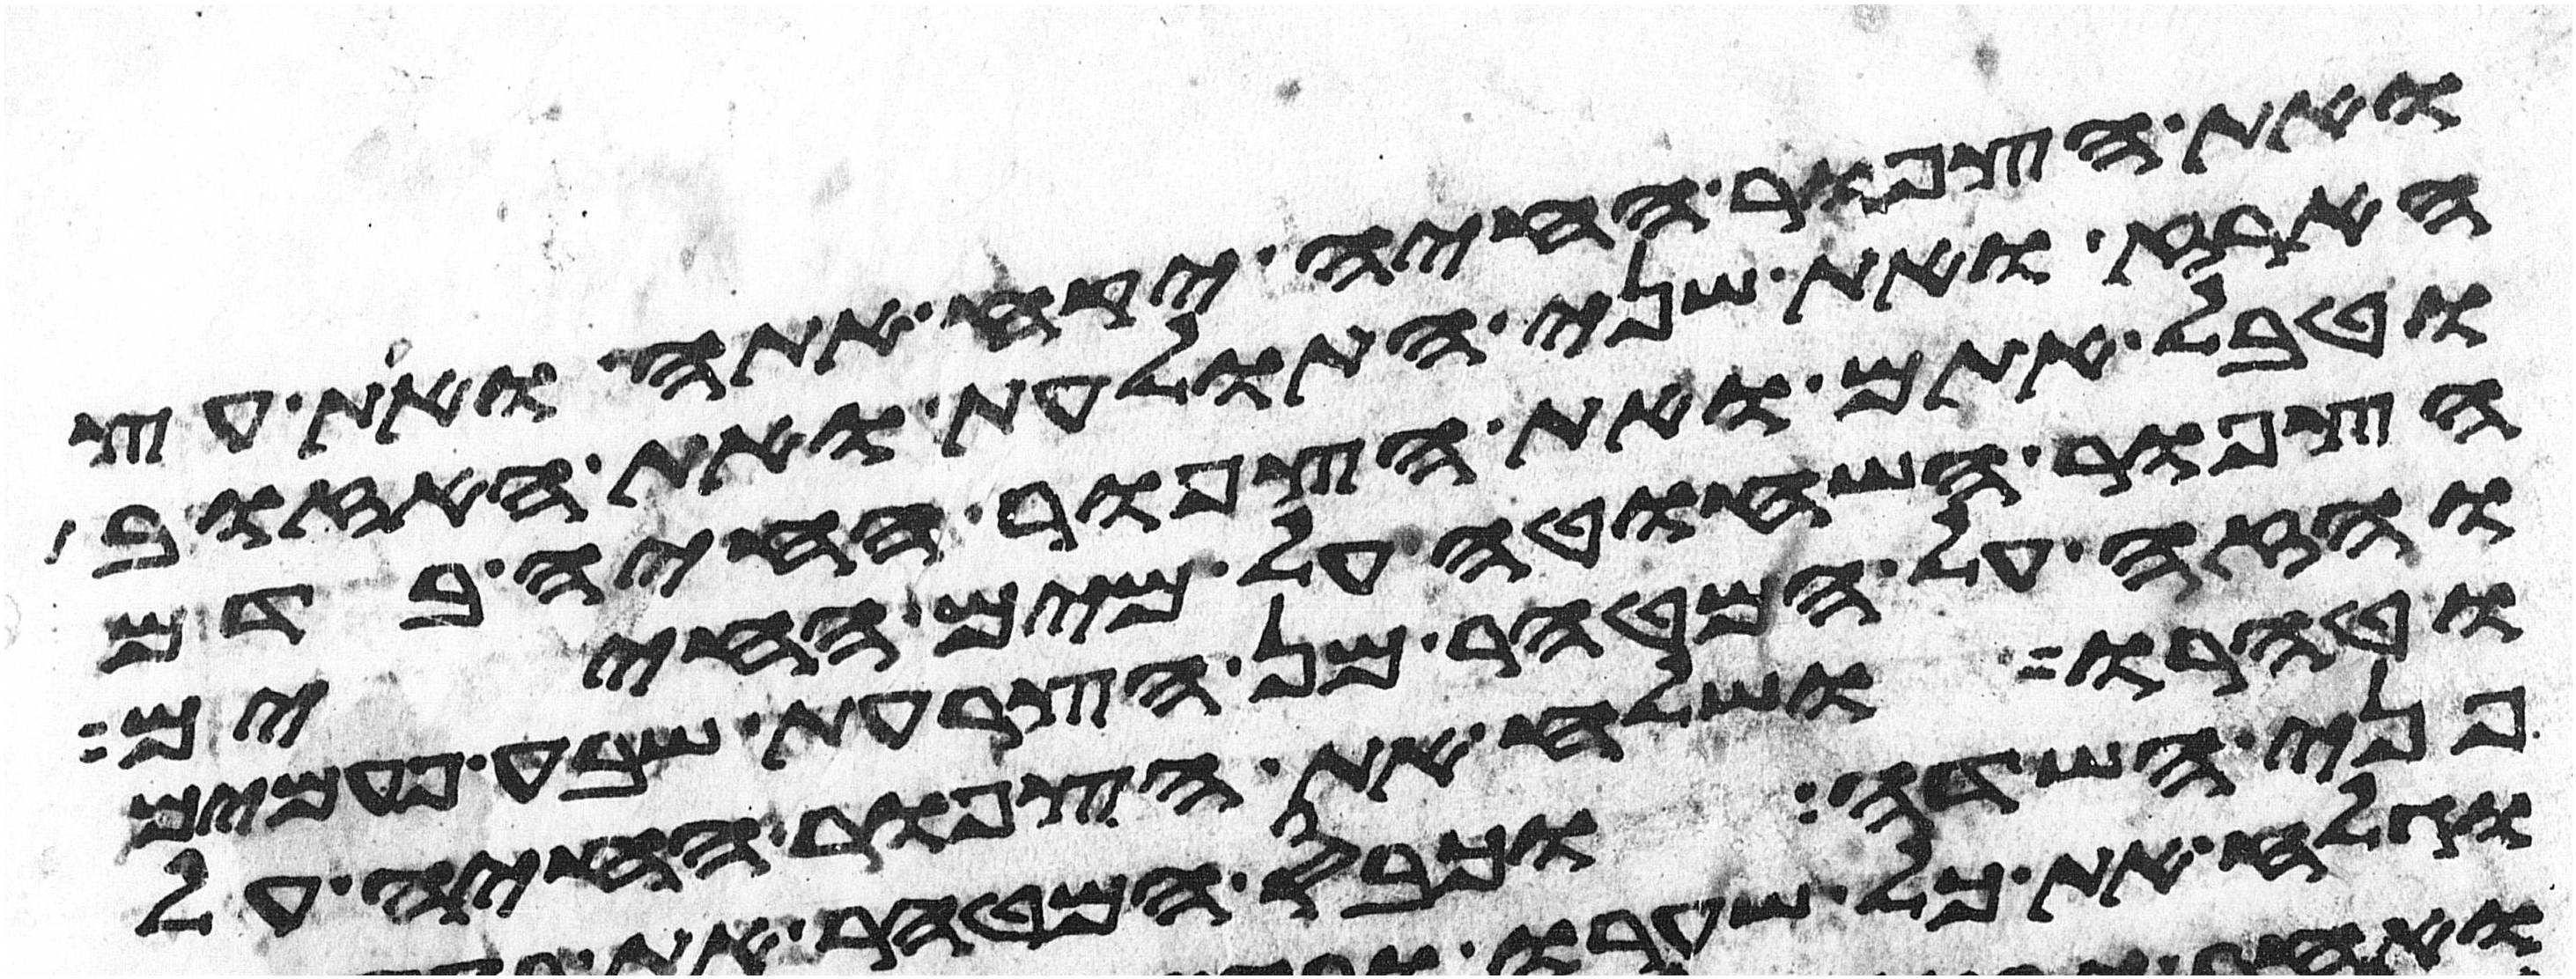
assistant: ואת הצפור החיה יקח אתה ואת עץ
הארז ואת שני התולעת ואת האזוב
וטבל אתם ואת הצפור החיה בדם
הצפור השחוטה על מים החיים
והזה על המטהר מן הצרעת שבע פעמים
וטהרו ושלח את הצפור החיה על